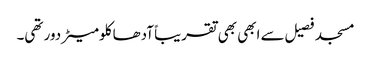
مسجد فصیل سے ابھی بھی تقریباً آدھا کلومیٹر دور تھی۔